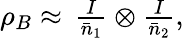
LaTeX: \begin{array}{r}{\rho_{B}\approx\, \frac{I}{\bar{n}_{1}}\otimes\frac{I}{\bar{n}_{2}},}\end{array}